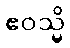
ဧဝသ္မိ